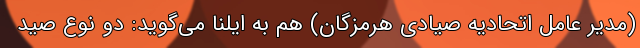
(مدیر عامل اتحادیه صیادی هرمزگان) هم به ایلنا می‌گوید: دو نوع صید